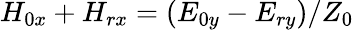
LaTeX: H_{0x}+H_{rx}=(E_{0y}-E_{ry})/Z_{0}